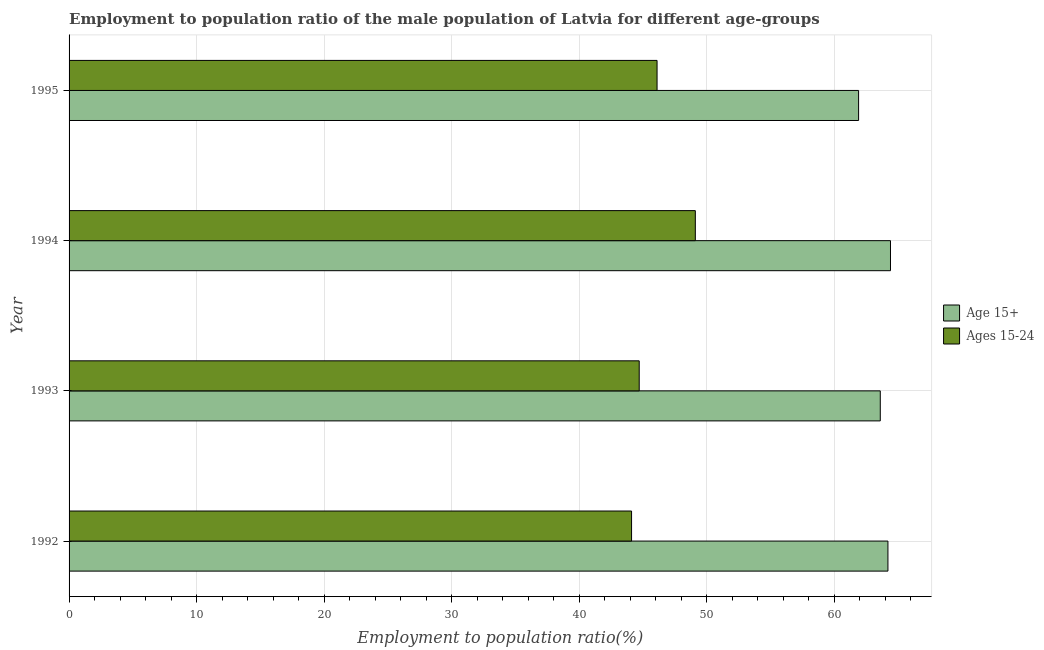
| Year | Age 15+ | Ages 15-24 |
 | --- | --- | --- |
 | 1992 | 64.2 | 44.1 |
 | 1993 | 63.6 | 44.7 |
 | 1994 | 64.4 | 49.1 |
 | 1995 | 61.9 | 46.1 |